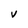
Character: V